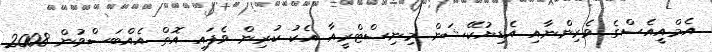
އެމްއީއެސްގެ ވެރިންނާއި އެޑިޔުކޭޝަން މިނިސްޓްރީއާ އެކު ކުރިން ވެފައި އޮތް އެއްބަސްވުން 2008